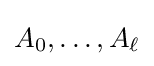
A_{0},\dots ,A_{\ell }